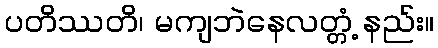
ပတိဿတိ၊ မကျဘဲနေလတ္တံ့ နည်း။